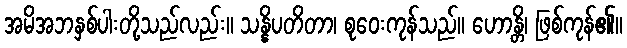
အမိအဘနှစ်ပါးတို့သည်လည်း။ သန္နိပတိတာ၊ စုဝေးကုန်သည်။ ဟောန္တိ၊ ဖြစ်ကုန်၏။